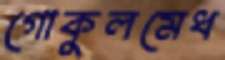
গোকুলমেধ